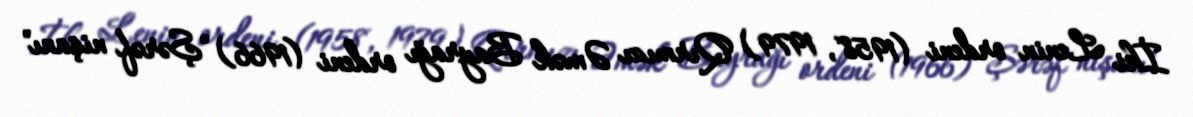
İki Lenin ordeni (1958, 1979) Qırmızı Əmək Bayrağı ordeni (1966) "Şərəf nişanı"